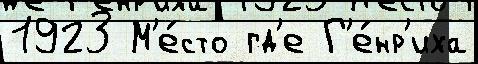
1923 М'е́сто гд'е Г'е́нр'иха